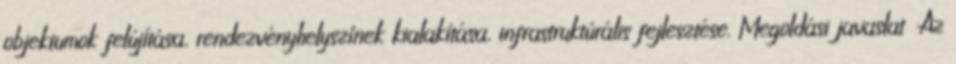
objektumok felújítása, rendezvényhelyszínek kialakítása, infrastruktúrális fejlesztése. Megoldási javaslat ▪Az